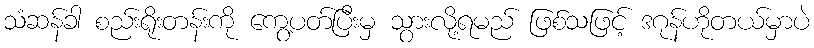
သံဆန်ခါ စည်းရိုးတန်းကို ကွေ့ပတ်ပြီးမှ သွားလို့ရမည် ဖြစ်သဖြင့် ဒဂုန်ဟိုတယ်မှာပဲ